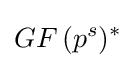
GF\!\ (p^{s})^{*}